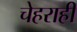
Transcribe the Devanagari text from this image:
चेहराही